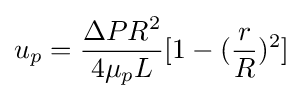
u_{p}={\frac {\Delta PR^{2}}{4\mu _{p}L}}[1-({\frac {r}{R}})^{2}]